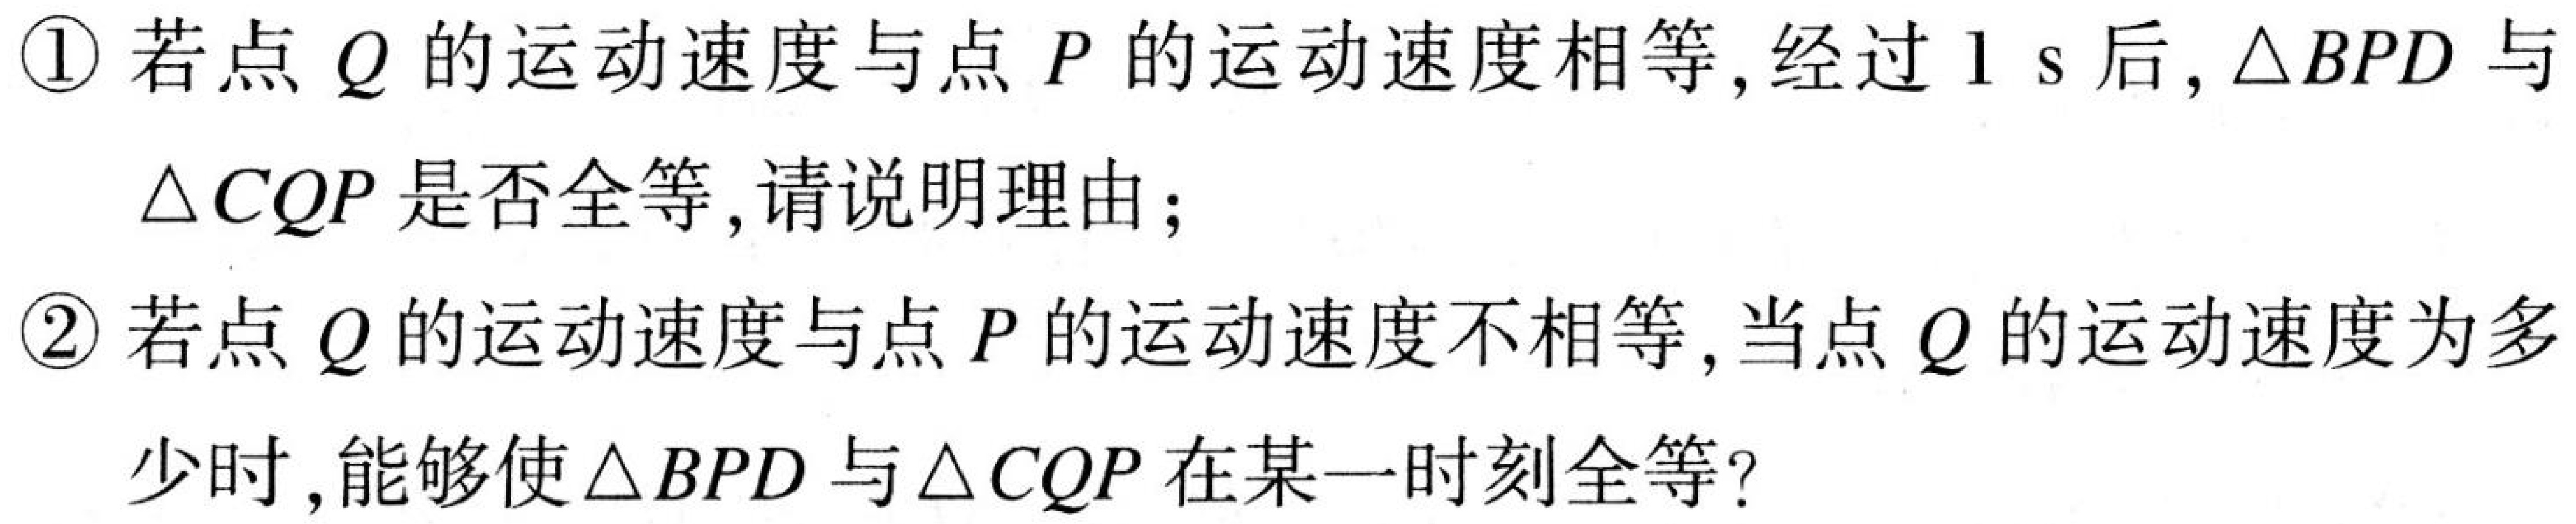
\textcircled{1}若点 \(Q\)的运动速度与点 \(P\)的运动速度相等,经过 \(1\ s\)后,\(\triangle BPD\)与
\(\triangle CQP\)是否全等,请说明理由;
\textcircled{2}若点 \(Q\)的运动速度与点 \(P\)的运动速度不相等,当点 \(Q\)的运动速度为多
少时,能够使\(\triangle BPD\)与\(\triangle CQP\)在某一时刻全等?